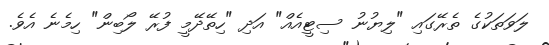
ލަވަތަކުގެ ތެރޭގައި "ލިޔުނު ސިޓީއެއް" އަދި "ހިތޭދޭމީ ފުރޭ ލޯބިން" ހިމެނެ އެވެ.